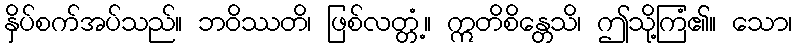
နှိပ်စက်အပ်သည်။ ဘဝိဿတိ၊ ဖြစ်လတ္တံ့။ ဣတိစိန္တေသိ၊ ဤသို့ကြံ၏။ သော၊